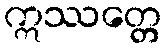
ဣဿတ္တေ